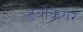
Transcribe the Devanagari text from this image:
टर्बोकेयर